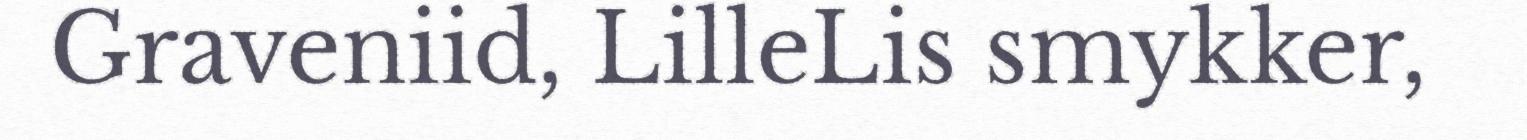
Graveniid, LilleLis smykker,